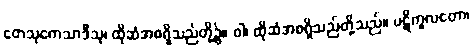
တေသုကေသာဒီသု၊ ထိုဆံအစရှိသည်တို့၌။ ဝါ၊ ထိုဆံအစရှိသည်တို့သည်။ ပဋိကူလတော၊